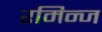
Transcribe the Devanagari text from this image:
रमिन्ज